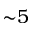
\mathord { \sim } 5